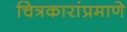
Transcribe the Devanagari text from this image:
चित्रकारांप्रमाणे